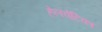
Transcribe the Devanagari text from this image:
हेलवेटिका